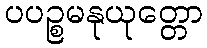
ပပဉ္စမနုယုတ္တော